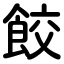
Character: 餃